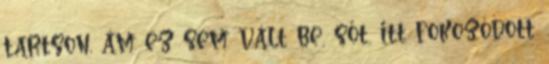
tartson, ám ez sem vált be, sőt, itt fokozódott